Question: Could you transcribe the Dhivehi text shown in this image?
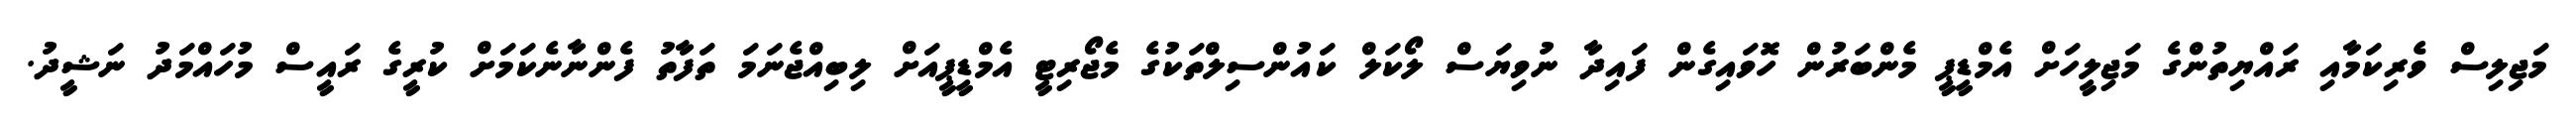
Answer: މަޖިލިސް ވެރިކަމާއި ރައްޔިތުންގެ މަޖިލީހަށް އެމްޑީޕީ މެންބަރުން ހޮވައިގެން ފައިދާ ނުވިޔަސް ލޯކަލް ކައުންސިލްތަކުގެ މެޖޯރިޓީ އެމްޑީޕީއަށް ލިބިއްޖެނަމަ ތަފާތު ފެންނާނެކަމަށް ކުރީގެ ރައީސް މުހައްމަދު ނަޝީދު.